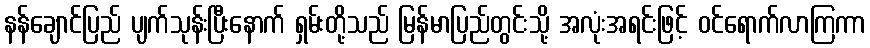
နန်ချောင်ပြည် ပျက်သုန်းပြီးနောက် ရှမ်းတို့သည် မြန်မာပြည်တွင်းသို့ အလုံးအရင်းဖြင့် ဝင်ရောက်လာကြကာ